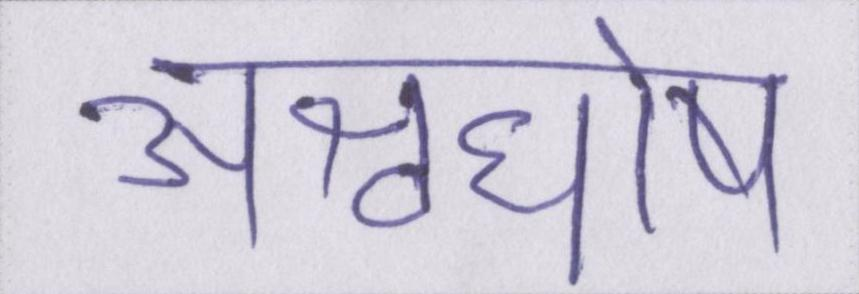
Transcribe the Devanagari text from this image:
अश्वघोष